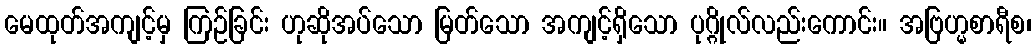
မေထုတ်အကျင့်မှ ကြဉ်ခြင်း ဟုဆိုအပ်သော မြတ်သော အကျင့်ရှိသော ပုဂ္ဂိုလ်လည်းကောင်း။ အဗြဟ္မစာရီစ၊